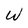
Character: W